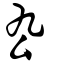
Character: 厹